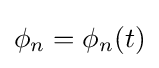
\phi _{n}=\phi _{n}(t)